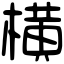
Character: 横